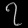
Digit: ၇